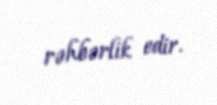
rəhbərlik edir.